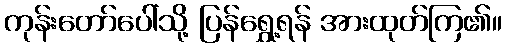
ကုန်းတော်ပေါ်သို့ ပြန်ရွှေ့ရန် အားထုတ်ကြ၏။